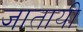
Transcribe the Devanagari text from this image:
जातायी